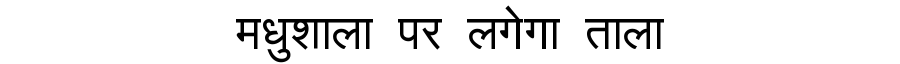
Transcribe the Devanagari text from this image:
मधुशाला पर लगेगा ताला